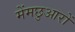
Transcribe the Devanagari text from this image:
मेंमछुआरों